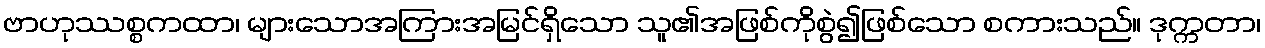
ဗာဟုဿစ္စကထာ၊ များသောအကြားအမြင်ရှိသော သူ၏အဖြစ်ကိုစွဲ၍ဖြစ်သော စကားသည်။ ဒုက္ကတာ၊